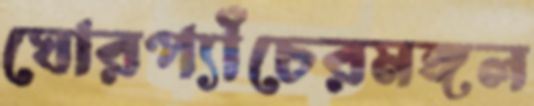
ঘোরপ্যাঁচেরমঙ্গল